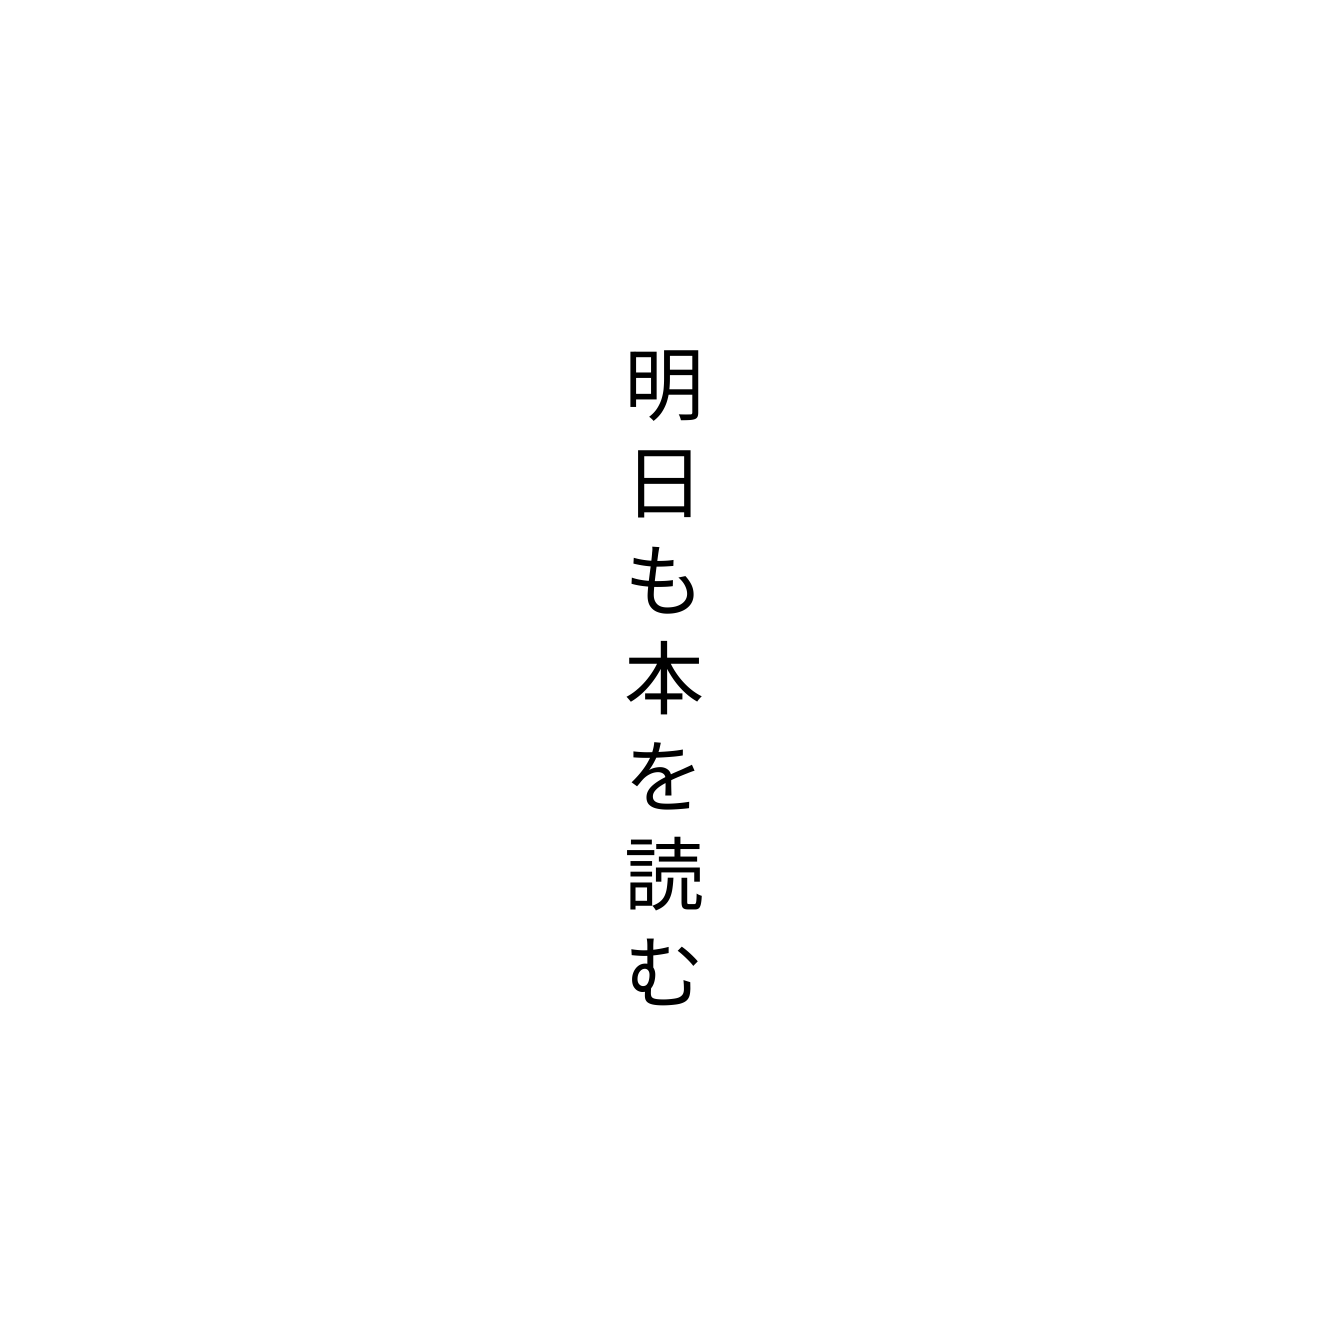
明日も本を読む